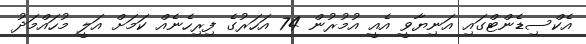
އެކްސިޑެންޓްގައި އަނިޔާވީ އެއީ އުމުރުން 74 އަހަރުގެ ފިރިހެނެއް ކަމަށް އަލީ މުހައްމަދު